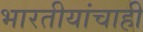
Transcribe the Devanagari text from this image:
भारतीयांचाही